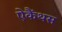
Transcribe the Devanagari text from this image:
ऐकैंथस